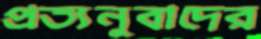
প্রত্যনুবাদের